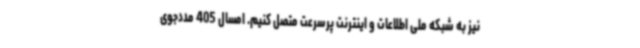
نیز به شبکه ملی اطلاعات و اینترنت پرسرعت متصل کنیم. امسال 405 مددجوی